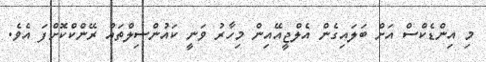
މި އިންޑެކްސް އަށް ބަލައިގެން އެލްޖީއޭއިން މިހާރު ވަނީ ކައުންސިލްތައް ރޭންކްކޮށްފަ އެވެ.